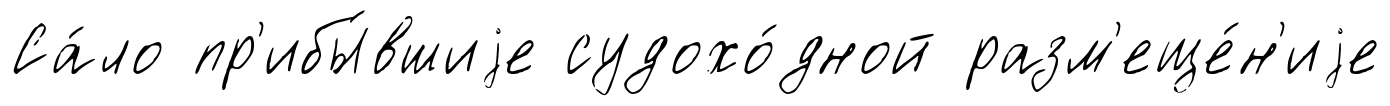
Са́ло пр'ибы́вшиjе судохо́дной разм'еще́н'иjе